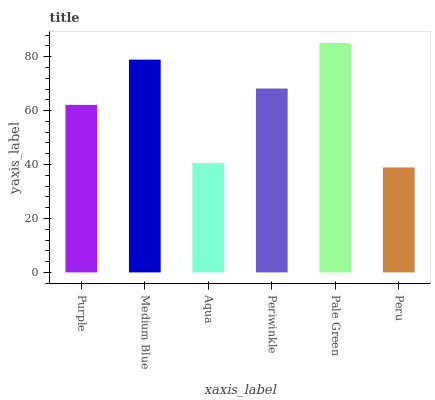
| xaxis_label | bars |
 | --- | --- |
 | Purple | 62.1 |
 | Medium Blue | 78.9 |
 | Aqua | 40.6 |
 | Periwinkle | 68.2 |
 | Pale Green | 85.1 |
 | Peru | 38.9 |